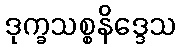
ဒုက္ခသစ္စနိဒ္ဒေသ